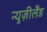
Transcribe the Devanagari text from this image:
न्युज़ीलैंड